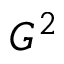
G ^ { 2 }